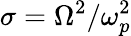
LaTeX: \sigma=\Omega^{2}/\omega_{p}^{2}